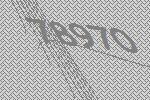
78970